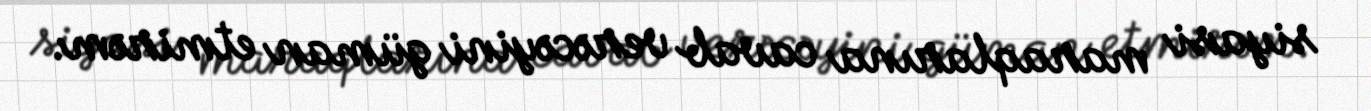
siyasi maraqlarına cavab verəcəyini güman etmirəm.